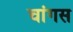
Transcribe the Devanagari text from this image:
चांगस